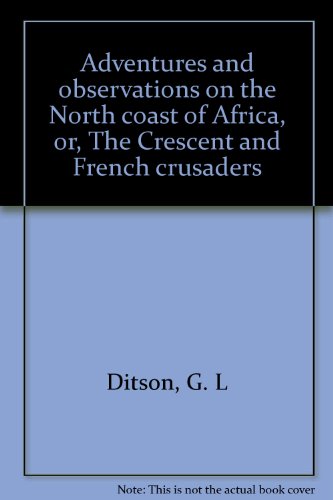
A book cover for Adventures and observations on the North coast of Africa, or, The Crescent and French crusaders; G. L Ditson; Travel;